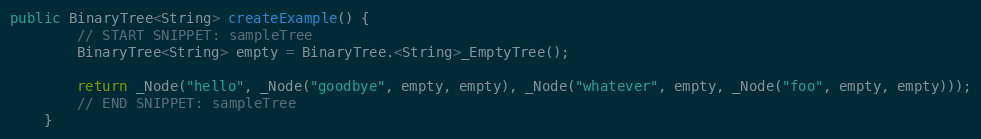
Language: Java
public BinaryTree<String> createExample() {
        // START SNIPPET: sampleTree
        BinaryTree<String> empty = BinaryTree.<String>_EmptyTree();

        return _Node("hello", _Node("goodbye", empty, empty), _Node("whatever", empty, _Node("foo", empty, empty)));
        // END SNIPPET: sampleTree
    }